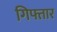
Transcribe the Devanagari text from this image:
गिफ्तार